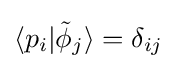
\langle p_{i}|{\tilde {\phi }}_{j}\rangle =\delta _{ij}